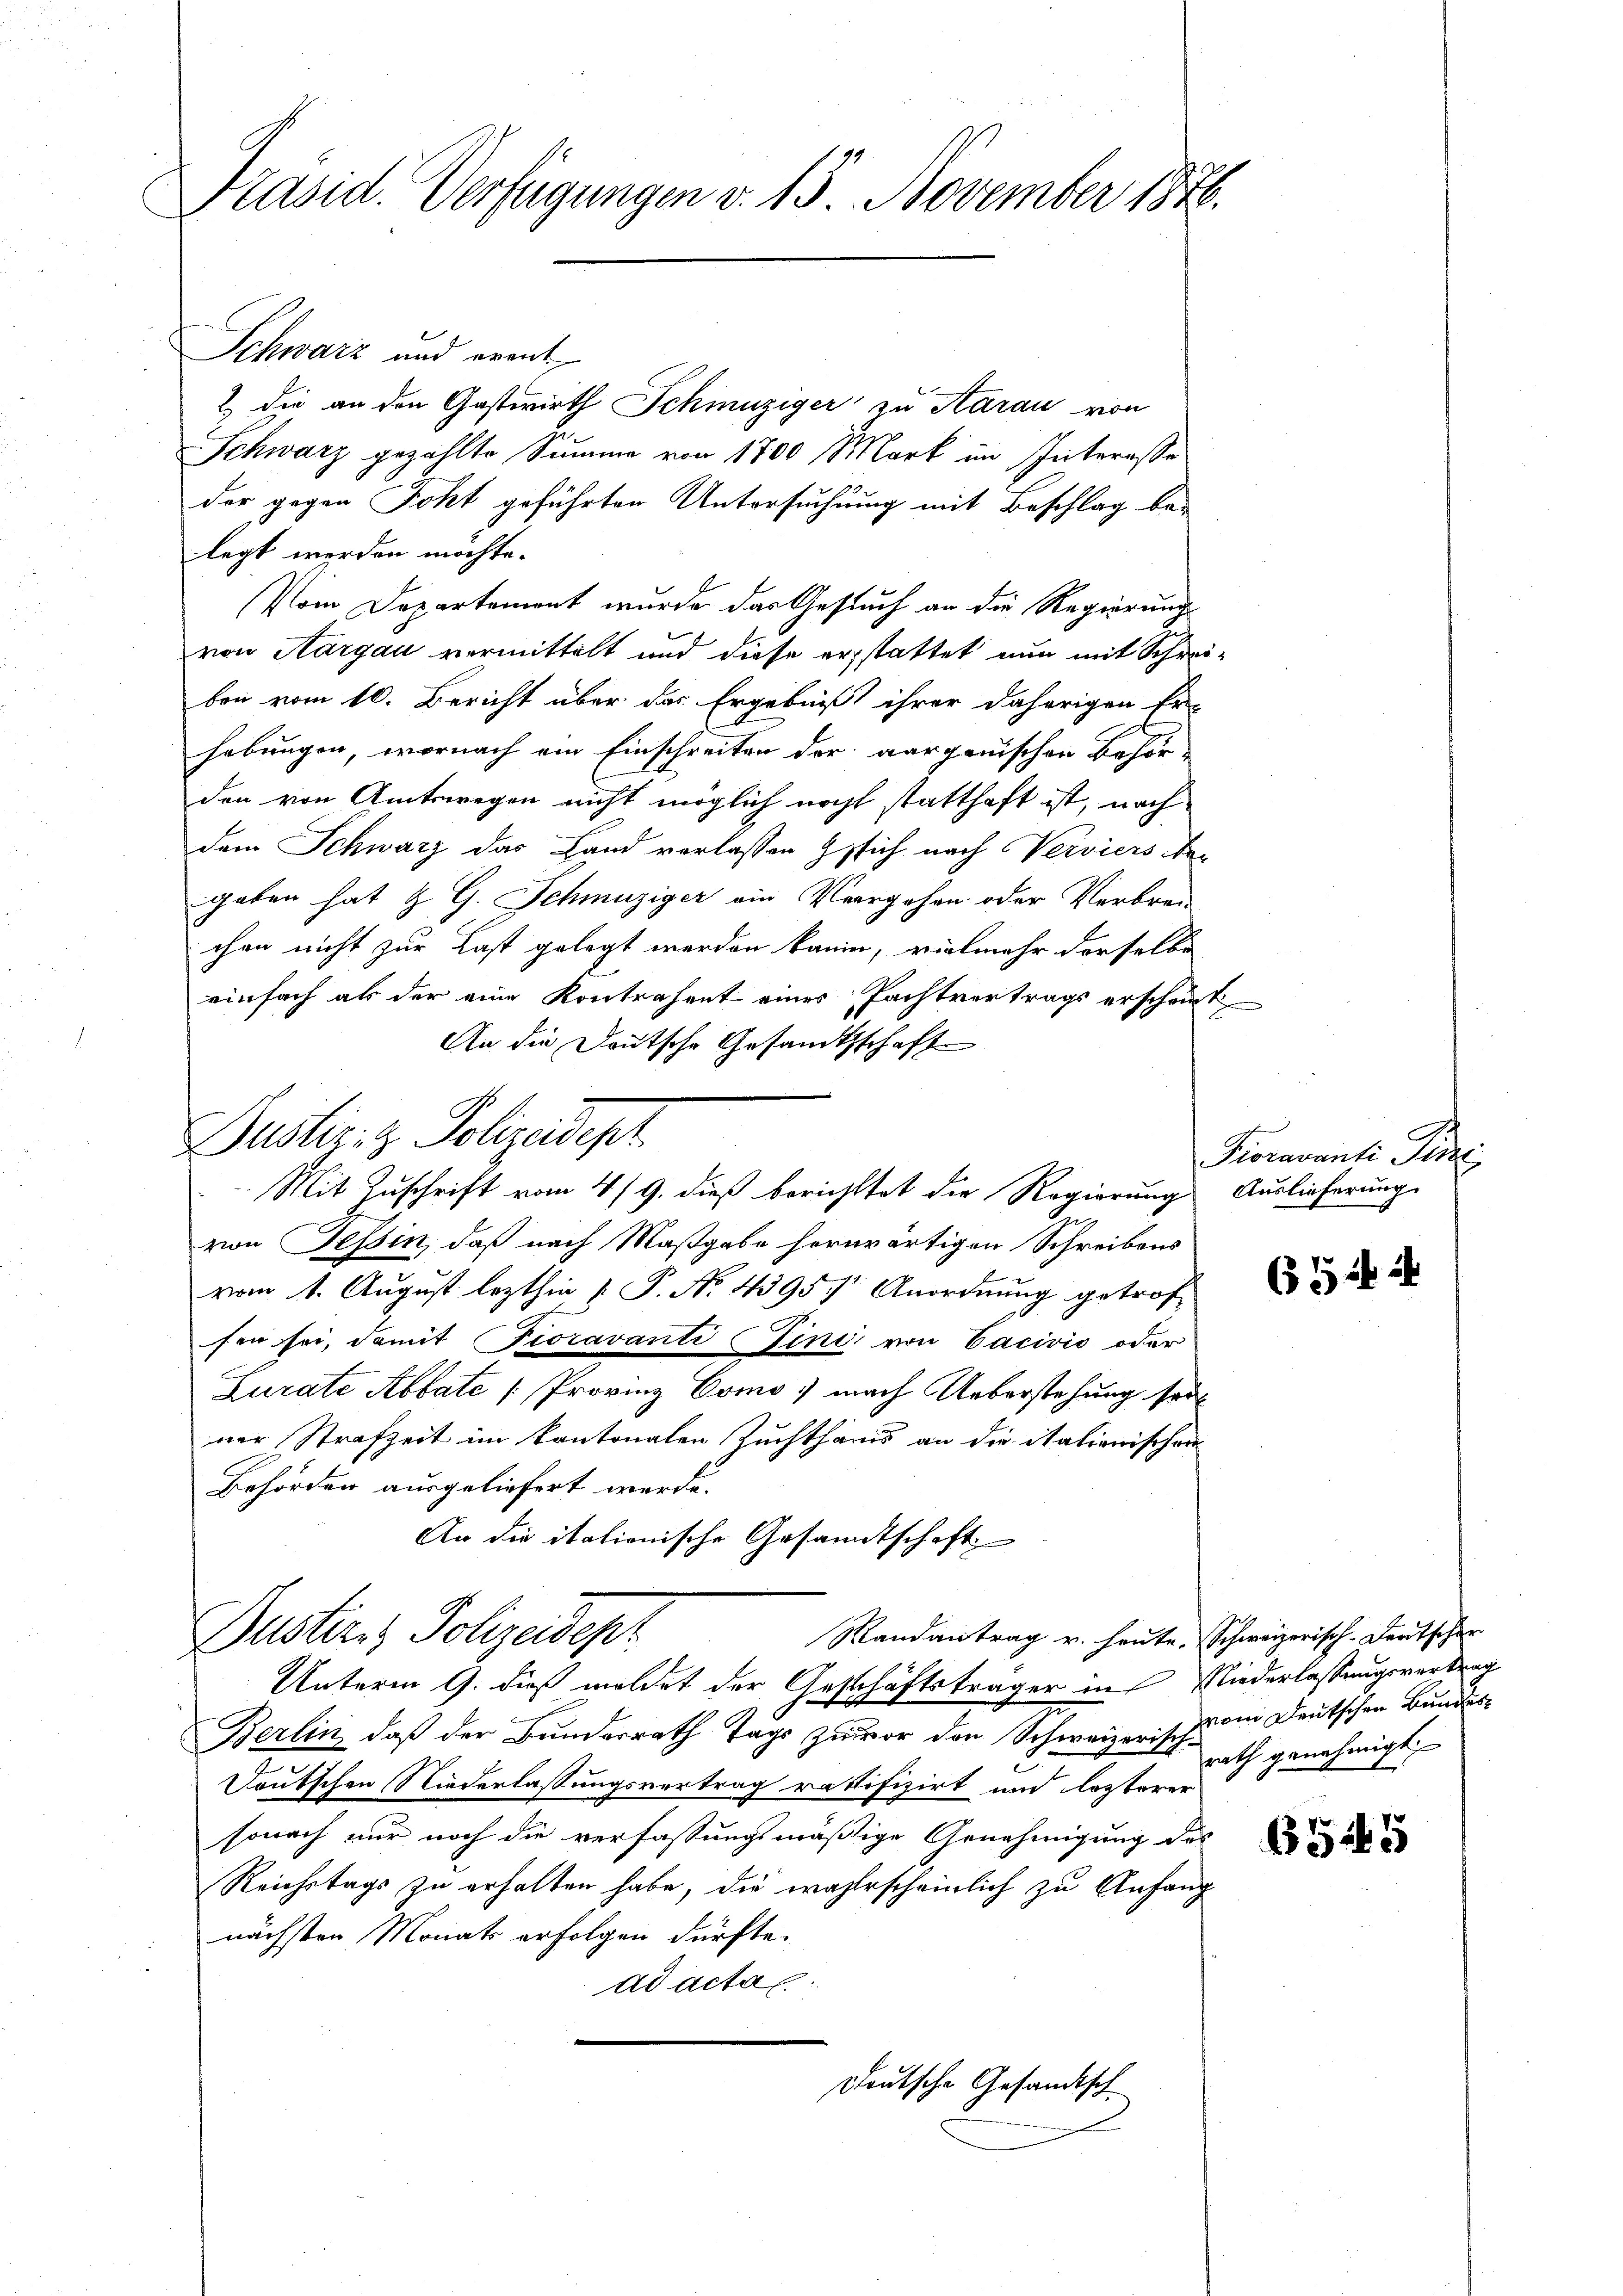
Präsid. Verfügungen v. 15. November 1846.

Schwarz und erant
2) die an den Gastwirth Schmuziger zu Aarau von
Schwarz gezählte Summe von 1700 Mark im Interesse
der gegen Joht geführten Untersuchung mit Beschlag belegt werden möchte.
Pom Departemont wurde das Gesuch an die Regierung
von Aargau vermittelt und diese erstattet nun mit Schreiben vom 10. Bericht über das Ergebniß ihrer daherigen Er-
hebungen, wornach ein Einschreiten der aarganischen Behör-
den von Amtswegen nicht möglich nocht statthaft ist, nach
dem Schwarz das Land verlassen sich nach Verviers Nac
geben hat & G. Schmutziger ein Vergehen oder Verbrei-
chen nicht zur Last gelegt werden kann, vielmehr derselbe
einfach als der eine Kontrahent eines Pachtvertrags erscheint,
An die Deutsche Gesamtsschaft
Mit Zuschrift vom 4/9. dieß berichttet die Regierung
von Tessin, daß nach Maßgabe herwärtigen Schreibens
vom 1. August lezthin  P. No. 4395. Anordnung getrof
fen sei, damit Peoravanti (Fini von Cacivis oder
Lurate Abbate [Provinz Como mach Ueberstehung sei
ner Strafzeit im kantonalen Zuchthaus an die italienischen
Behörden ausgeliefert werde.
An die italionische Gesandtschaft
Pustiz & Polizeidept
Mandantrag v. heute. Schweizerisch-deutscher
Unterm 9. dieß meldet der Geschäftsträger in Niederlassungsvertrag
Berlin, daß der Bundesrath Tags zuvor den Schweizerischon Deutschen Bundes¬
Deutschen Niederlassungsvortrag ratifizirt und lezterer
sonach nur noch die verfassungsmäßige Genehmigung des
Reichstags zu erhalten habe, die wahrscheinlich zu Anfang
nächsten Monats erfolgen dürfte.
ad actag.
Deutsche Gesandtsch

Duster- & Polizeidept

.

Kommens
Auslieferung.

65

.

rath genehmigt

B5245